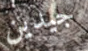
جيدين